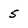
Character: 5